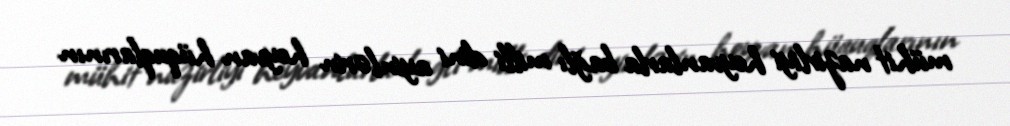
mühit nazirliyi heyvanlarla bağlı milli dini ayinlərin heyvan hüquqlarının